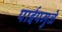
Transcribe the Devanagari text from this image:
पाईपमुळे